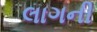
લાગની